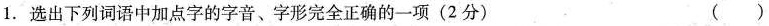
1.选出下列词语中加点字的字音、字形完全正确的一项(2分) （）